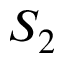
S _ { 2 }